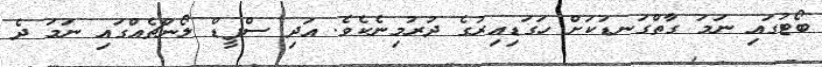
ބޯޓުގައި ނަމަ ގާތްގަނޑަކަށް ހަގަޑިއިރުގެ ދުރުމިނެކެވެ. އަދި ސްޕީޑް ލޯންޗެއްގައި ނަމަ ދެ